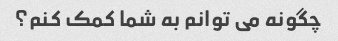
چگونه می توانم به شما کمک کنم؟